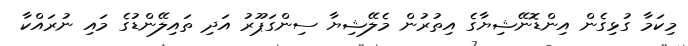
މިކަމާ ގުޅިގެން އިންޑޮނޭޝިޔާގެ އިތުރުން މެލޭޝިޔާ ސިންގަޕޫރު އަދި ތައިލޭންޑުގެ މައި ނުރައްކާ